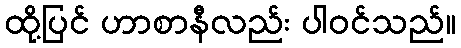
ထို့ပြင် ဟာစာနီလည်း ပါဝင်သည်။